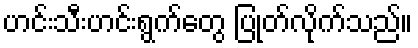
ဟင်းသီးဟင်းရွက်တွေ ပြုတ်လိုက်သည်။